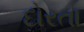
દોરતા